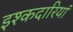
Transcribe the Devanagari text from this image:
इश्कदारियां